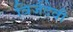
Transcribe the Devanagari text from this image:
विर्जदेवी